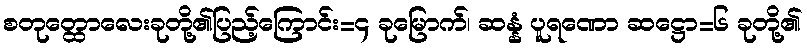
စတုတ္ထောလေးခုတို့၏ပြည့်ကြောင်း=၄ ခုမြောက်၊ ဆန္နံ ပူရဏော ဆဋ္ဌော=၆ ခုတို့၏